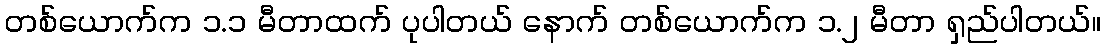
တစ်ယောက်က ၁.၁ မီတာထက် ပုပါတယ် နောက် တစ်ယောက်က ၁.၂ မီတာ ရှည်ပါတယ်။